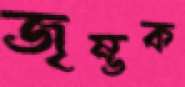
জৃম্ভক